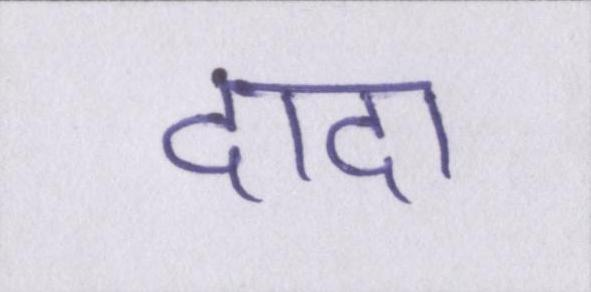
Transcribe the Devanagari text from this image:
दादा